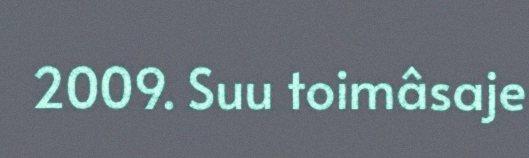
2009. Suu toimâsaje